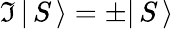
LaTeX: {\mathfrak{I}}\, |\, S\, \rangle=\pm|\, S\, \rangle